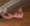
شئ